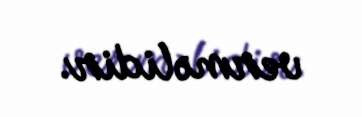
verməlidir.